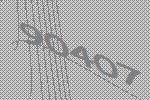
90407